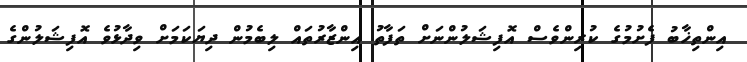
އިންތިޚާބު ފެށުމުގެ ކުރިންވެސް އޮފިޝަލުންނަށް ތަފާތު އިންޒާރުތައް ލިބެމުން ދިޔަކަމަށް ވިދާޅުވެ އޮފިޝަލުންގެ